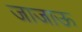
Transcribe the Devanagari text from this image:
जाजाऊ